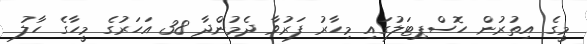
މީގެ އިތުރުން ހޮސްޕިޓަލުގައި މިހާރު ފަރުވާ ދެމުންދާ 38 އަހަރުގެ މީހާގެ ހާލު